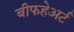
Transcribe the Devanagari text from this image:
बीफहेअर्ट